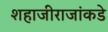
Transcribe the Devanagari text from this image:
शहाजीराजांकडे